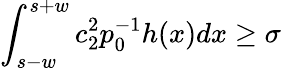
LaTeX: \int_{s-w}^{s+w}c_{2}^{2}p_{0}^{-1}h(x)dx\ge\sigma